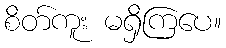
စိတ်ကူး မရှိကြပေ။